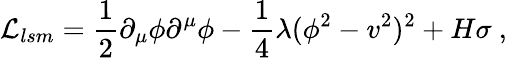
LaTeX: {\cal L}_{lsm}=\frac{1}{2}\partial_{\mu}\phi\partial^{\mu}\phi-\frac{1}{4}\lambda(\phi^{2}-v^{2})^{2}+H\sigma\ ,